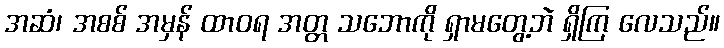
အဆံ၊ အစစ် အမှန် ထာဝရ အတ္တ သဘောကို ရှာမတွေ့ဘဲ ရှိကြ လေသည်။